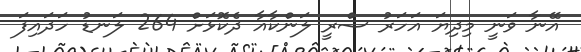
އޭނާ ވަނީ މިދިޔަ އަހަރު ސްރީ ލަންކާއާ ދެކޮޅަށް 264 ލަނޑު ހަދައިފަ